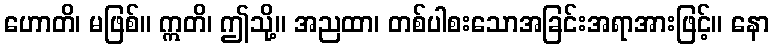
ဟောတိ၊ မဖြစ်။ ဣတိ၊ ဤသို့။ အညထာ၊ တစ်ပါစးသောအခြင်းအရာအားဖြင့်။ နော